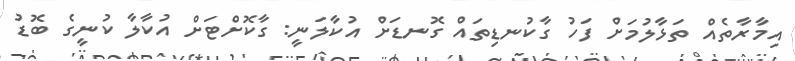
އިމާރާތެއް ތަޅާލުމަށް ފަހު ގާކުނޑިތައް ގޮނޑަށް އުކާލަނީ: ގާކޮށްޓަށް އުކާލާ ކުނީގެ ބޮޑު